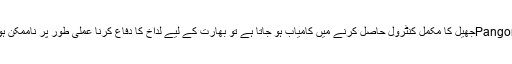
اگر چین Pangonجھیل کا مکمل کنٹرول حاصل کرنے میں کامیاب ہو جاتا ہے تو بھارت کے لیے لداخ کا دفاع کرنا عملی طور پر ناممکن ہو جائے گا۔